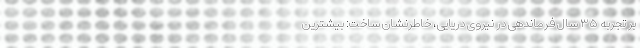
بر تجربه ۳۵ سال فرماندهی در نیروی دریایی، خاطرنشان ساخت: بیشترین